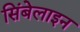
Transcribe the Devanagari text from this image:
सिंबेलाइन